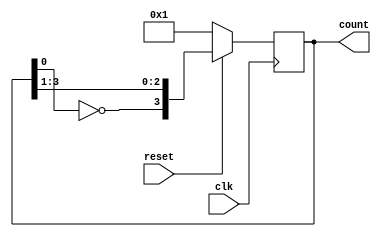
////////////////////////////////////////////////////////////////////////////////////
//   4-bit Johnson Counter
/*//////////////////////////////////////////////////////////////////////////////////
*
* 
*The 4-bit johnson counter contains 4 D flip-flops and it counts 8 no.of cycles. The inverted output of the last flip-flop is fed back as input to the first flip-flop.From the figure, ABCD is the outputs of the flip-flop in the 4-bit pattern.

*The input value of D is the inverted output of the last flip-flop.

*The CLK is used to count the states or cycles of the counter, which is in the closed-loop.

*The reset pin is used as an on/off switch.

*As the data will be rotating around a continuous closed loop, a counter can also be used to detect various patterns or values within the data.

*For example, when there is a clock pulse, the output pattern of the flip-flops would be 1000, 1100, 1110, 1111, 0111, 0011, 0001

When there is no clock pulse, the output will be 0000.*/

///////////////////////////////////////////////////////////////////////////////////////////////////////


module johnson_counter(clk,reset,count);
//Johnson counter can be implement for any number of bits by changing  Width Parameter.Initially it was 4.
parameter WIDTH=4;
  //inputs
input clk,reset;
  //outputs
output reg [WIDTH-1:0] count;

always@(posedge clk)
begin
if(reset)
count={~count[0],count[WIDTH-1:1]};
else 
count=1;
end
endmodule